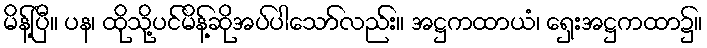
မိန့်ပြီ။ ပန၊ ထိုသို့ပင်မိန့်ဆိုအပ်ပါသော်လည်း။ အဋ္ဌကထာယံ၊ ရှေးအဋ္ဌကထာ၌။